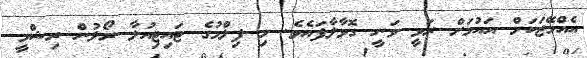
އެއްމޭޒަކަށް އައުމަށް ރަވީ ވަނީ ގޮވާލާފައެވެ. މި ފިލްމުގެ ޓައިޓިއުލާ ރޯލުން ރިޝްމީ